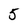
Character: 5